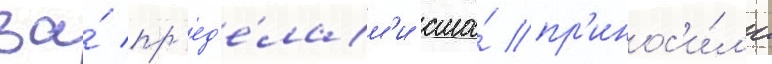
за́ пр'ед'е́лам'и сша́ пр'инос'и́л'и